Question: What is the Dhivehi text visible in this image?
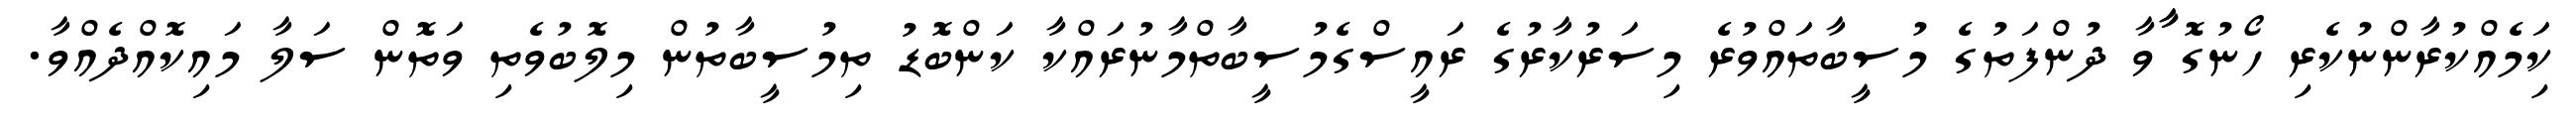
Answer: ކިަމެއްކުރާންނުކެރި ހޯނުގޮ ާާވާ ދުންފަތުގެ މުސީބާތައްވުރެ މިސަރުކާރުގެ ރައީސްގެމުސީބާތްމާނުރައްކާ ކަންބޮޑު ތިމުސީބާތުން މިލޮބުވެތި ވަތޮން ސަލާ މައިކޮއްދެއްވާ.